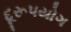
દૂરૂપયોગ